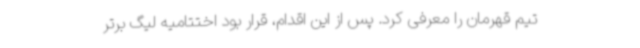
تیم قهرمان را معرفی کرد. پس از این اقدام، قرار بود اختتامیه لیگ برتر